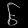
Digit: ၆